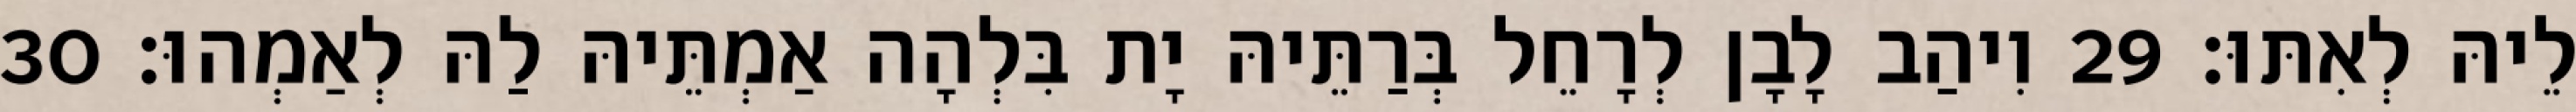
לֵיהּ לְאִתּוּ׃ 29 וִיהַב לָבָן לְרָחֵל בְּרַתֵּיהּ יָת בִּלְהָה אַמְתֵּיהּ לַהּ לְאַמְהוּ׃ 30